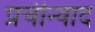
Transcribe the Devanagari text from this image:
प्रचीन्वाद